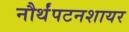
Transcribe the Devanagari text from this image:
नौर्थंपटनशायर